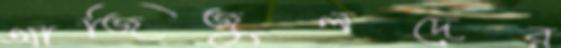
আজিজুলদের